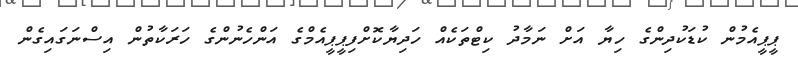
ޕީޕީއެމުން ކުޑަކުދިންގެ ހިޔާ އަށް ނަމާދު ކިޓްތަކެއް ހަދިޔާކޮށްފިޕީޕީއެމްގެ އަންހެނުންގެ ހަރަކާތުން އިސްނަގައިގެން